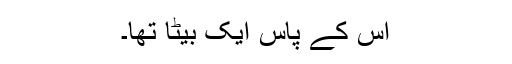
اس کے پاس ایک بیٹا تھا۔